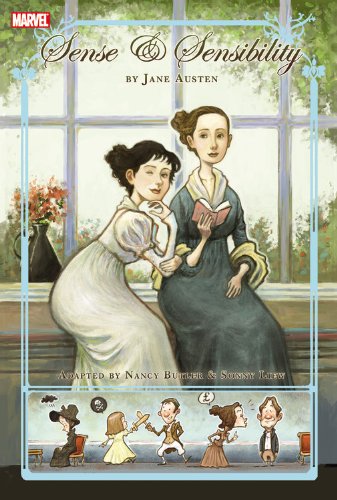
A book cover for Sense & Sensibility (Marvel Illustrated); Nancy Butler; Comics & Graphic Novels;